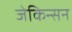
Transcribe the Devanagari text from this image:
जेकिन्सन